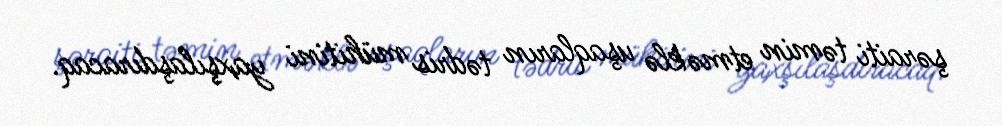
şəraiti təmin etməklə uşaqların tədris mühitini yaxşılaşdıracaq.